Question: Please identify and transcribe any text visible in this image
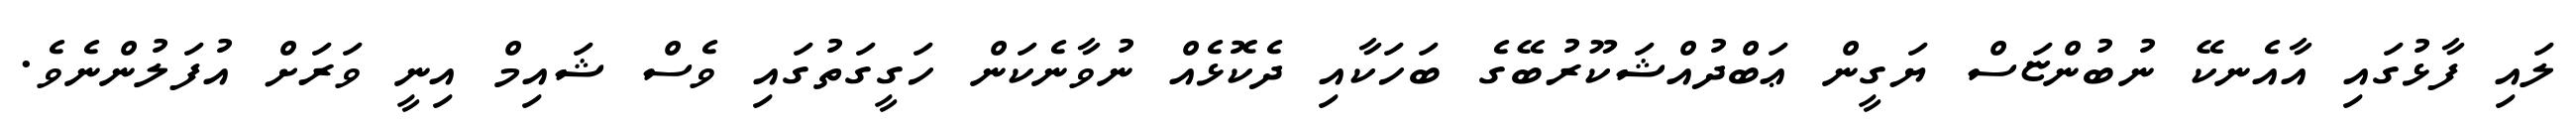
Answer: ލައި ފާޅުގައި އާއެނކޭ ނުބުންޏަސް ޔަގީން ޢަބްދުއްޝަކޫރުބޭގެ ބަހަކާއި ދެކޮޅެއް ނުވާނެކަން ހަގީގަތުގައި ވެސް ޝައިމް އިނީ ވަރަށް އުފަލުންނެވެ.